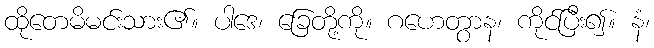
ထိုတေမိမင်းသား၏။ ပါဒေ၊ ခြေတို့ကို။ ဂဟေတွာန၊ ကိုင်ပြီး၍။ နံ၊